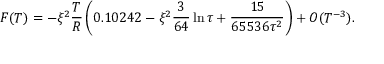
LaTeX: F ( T ) = - \xi ^ { 2 } \frac { T } { R } \left( 0 . 1 0 2 4 2 - \xi ^ { 2 } \frac { 3 } { 6 4 } \ln \tau + \frac { 1 5 } { 6 5 5 3 6 \tau ^ { 2 } } \right) + { \cal O } ( T ^ { - 3 } ) .